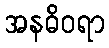
အနဓိဝရာ